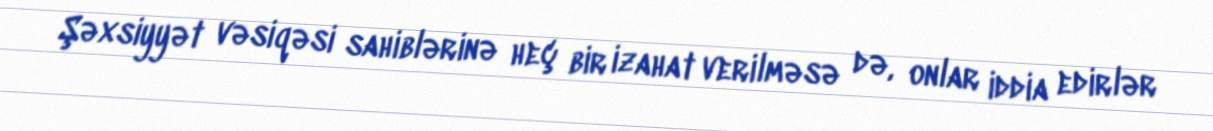
Şəxsiyyət vəsiqəsi sahiblərinə heç bir izahat verilməsə də, onlar iddia edirlər